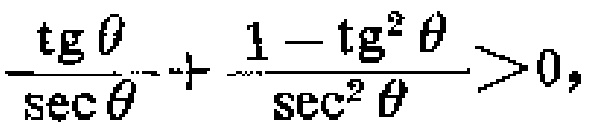
$\frac{\operatorname{tg}\theta}{\sec\theta}+\frac{1 - \operatorname{tg}^{2}\theta}{\sec^{2}\theta}>0,$